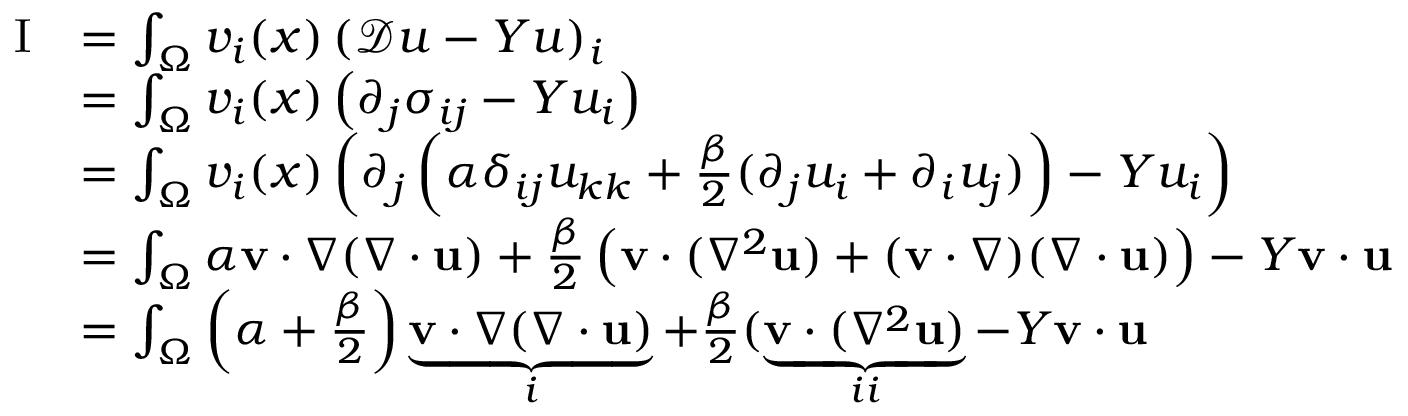
\begin{array} { r l } { \mathrm { I } } & { = \int _ { \Omega } v _ { i } ( x ) \left( \mathcal { D } u - Y u \right) _ { i } } \\ & { = \int _ { \Omega } v _ { i } ( x ) \left( \partial _ { j } \sigma _ { i j } - Y u _ { i } \right) } \\ & { = \int _ { \Omega } v _ { i } ( x ) \left( \partial _ { j } \left( \alpha \delta _ { i j } u _ { k k } + \frac { \beta } { 2 } ( \partial _ { j } u _ { i } + \partial _ { i } u _ { j } ) \right) - Y u _ { i } \right) } \\ & { = \int _ { \Omega } \alpha \mathbf { v } \cdot \nabla ( \nabla \cdot \mathbf { u } ) + \frac { \beta } { 2 } \left( \mathbf { v } \cdot ( \nabla ^ { 2 } \mathbf { u } ) + ( \mathbf { v } \cdot \nabla ) ( \nabla \cdot \mathbf { u } ) \right) - Y \mathbf { v } \cdot \mathbf { u } } \\ & { = \int _ { \Omega } \left( \alpha + \frac { \beta } { 2 } \right) \underbrace { \mathbf { v } \cdot \nabla ( \nabla \cdot \mathbf { u } ) } _ { i } + \frac { \beta } { 2 } ( \underbrace { \mathbf { v } \cdot ( \nabla ^ { 2 } \mathbf { u } ) } _ { i i } - Y \mathbf { v } \cdot \mathbf { u } } \end{array}